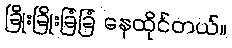
ခြိုးခြိုးခြံခြံ နေထိုင်တယ်။